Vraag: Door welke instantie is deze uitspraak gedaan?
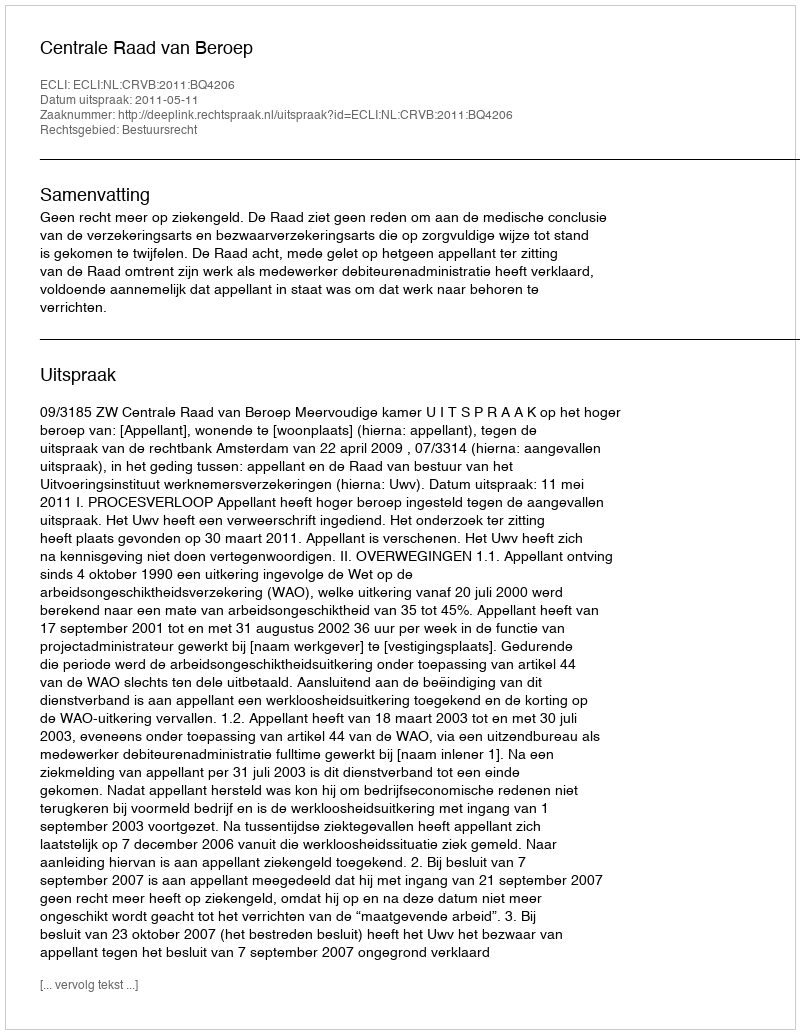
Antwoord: Centrale Raad van Beroep